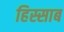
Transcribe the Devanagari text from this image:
हिस्साब